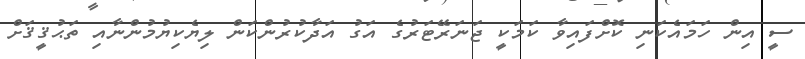
ސީ އިން ހަމައެކަނި ކޮށްފައިވާ ކަމަކީ ޖަނަރޭޓަރުގެ އަގު އަދާކުރުންކަން ލިޔެކިޔުމުންނާއި ތަޙުޤީޤަށް